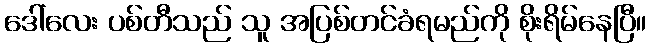
ဒေါ်လေး ပစ်တီသည် သူ အပြစ်တင်ခံရမည်ကို စိုးရိမ်နေပြီ။